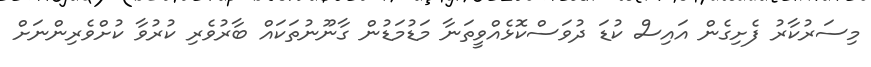
މިސަރުކާރު ފެށިގެން އައިސް ކުޑަ ދުވަސްކޮޅެއްވީތަނާ މަޑުމަޑުން ގާނޫނުތަކައް ބާރުވެރި ކުރުވާ ކުށްވެރިންނަށް